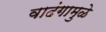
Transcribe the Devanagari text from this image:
वादंगामुळे